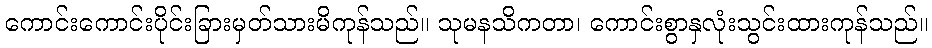
ကောင်းကောင်းပိုင်းခြားမှတ်သားမိကုန်သည်။ သုမနသိကတာ၊ ကောင်းစွာနှလုံးသွင်းထားကုန်သည်။